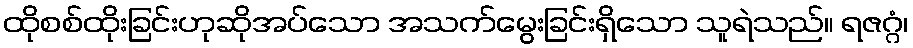
ထိုစစ်ထိုးခြင်းဟုဆိုအပ်သော အသက်မွေးခြင်းရှိသော သူရဲသည်။ ရဇဂ္ဂံ၊